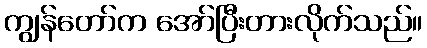
ကျွန်တော်က အော်ပြီးတားလိုက်သည်။